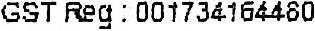
GST REG : 001734164480